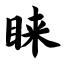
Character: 睐